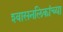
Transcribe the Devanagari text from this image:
श्‍वासनलिकांच्या